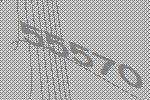
55570